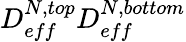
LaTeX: D_{eff}^{N,top}D_{eff}^{N,bottom}